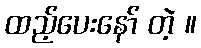
ထည့်ပေးနော် တဲ့ ။